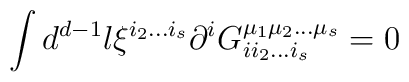
\int d^{d-1}l \xi^{i_2\ldots i_s}\partial^i G_{ii_2\ldots i_s}^{\mu_1\mu_2\ldots \mu_s}=0